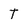
Character: T